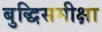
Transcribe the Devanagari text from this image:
बुद्धिसमीक्षा